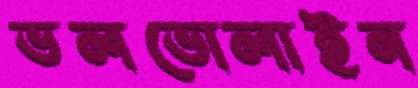
ভলভোলাইন